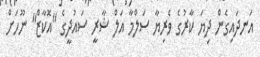
އަނދައިގެން ދިޔަ ކާރުގެ ވެރިޔާ ސަލްމާ އަލް ޝާރީ ސައުދީގެ "އޮކާޒް" ނޫހަށް